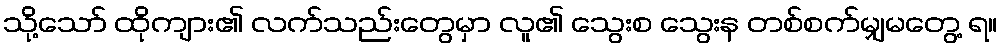
သို့သော် ထိုကျား၏ လက်သည်းတွေမှာ လူ၏ သွေးစ သွေးန တစ်စက်မျှမတွေ့ ရ။